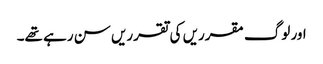
اور لوگ مقرریں کی تقرریں سن رہے تھے۔